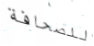
للصحافة